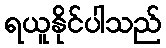
ရယူနိုင်ပါသည်